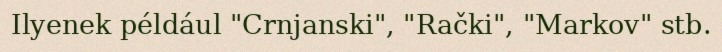
Ilyenek például "Crnjanski", "Rački", "Markov" stb.